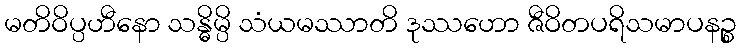
မတိဝိပ္ပဟီနော သန္ဓိမ္ပိ သံယမဿာတိ ဒုဿဟော ဇီဝိတပရိသမာပနဉ္စ